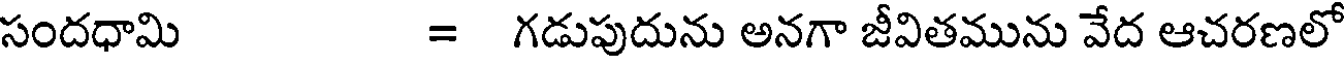
సందధామి = గడుపుదును అనగా జీవితమును వేద ఆచరణలో